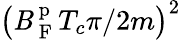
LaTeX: \left(\mathit{B}_{\mathrm{{~F~}}}^{\mathrm{{~p~}}}T_{c}\pi/2m\right)^{2}